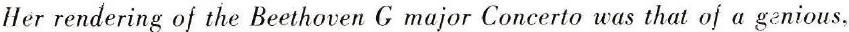
Her rendering of the Beethoven G major Concerto was that of a genious,